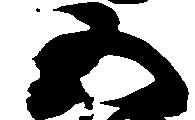
五